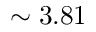
\sim 3 . 8 1